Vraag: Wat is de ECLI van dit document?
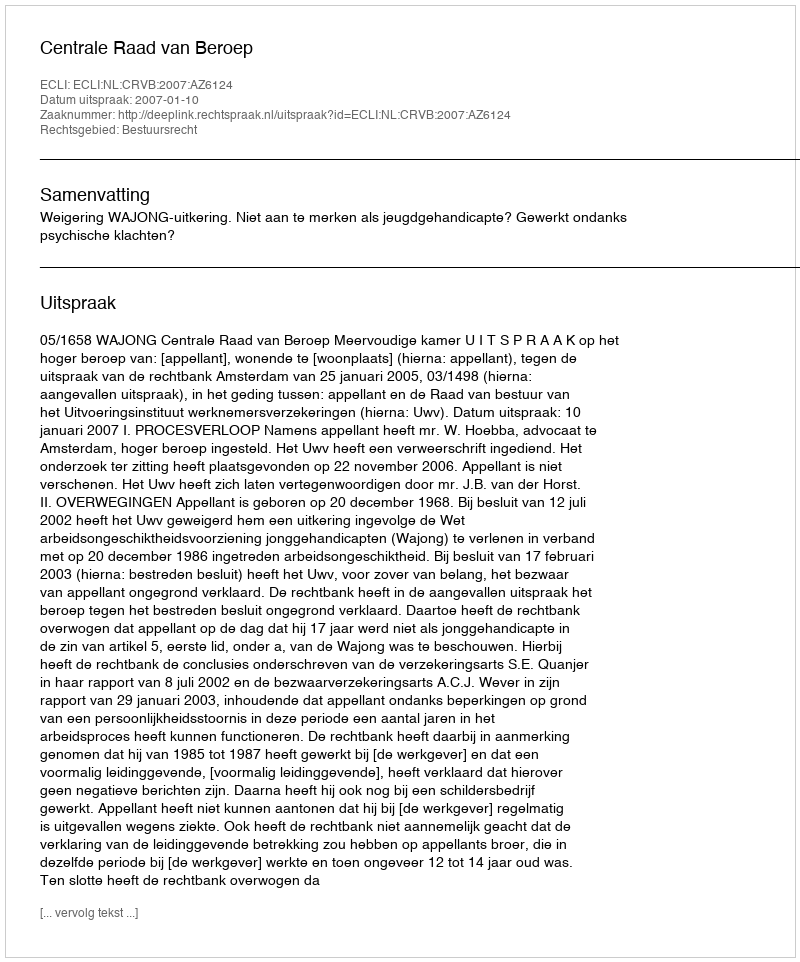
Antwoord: ECLI:NL:CRVB:2007:AZ6124